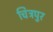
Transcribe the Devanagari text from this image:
चित्रपुर